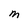
Character: M